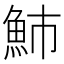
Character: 䰽